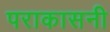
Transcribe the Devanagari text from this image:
पराकासनी